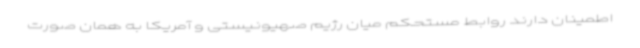
اطمینان دارند روابط مستحکم میان رژیم صهیونیستی و آمریکا به همان صورت